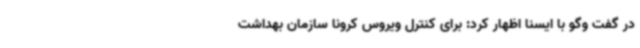
در گفت وگو با ایسنا اظهار کرد: برای کنترل ویروس کرونا سازمان بهداشت